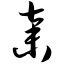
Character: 弃